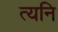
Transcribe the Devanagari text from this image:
त्यनि